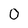
Character: 0